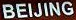
BEIJING